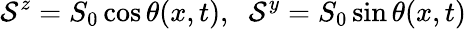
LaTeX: \mathcal{S}^{z}=S_{0}\cos\theta(x,t),\; \; \mathcal{S}^{y}=S_{0}\sin\theta(x,t)